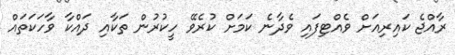
ރާއްޖެ ކައިރިއަށް ވެއްޓިފައި ވެދާނެ ކަމަށް ކުރެވޭ ހީކުރުން ތަކާއި ދައްކާ ވާހަކަތައް